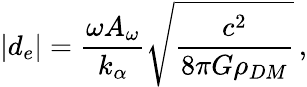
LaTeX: \left|d_{e}\right|=\frac{\omega A_{\omega}}{k_{\alpha}}\sqrt{\frac{c^{2}}{8\pi G\rho_{DM}}}\, \textrm{,}